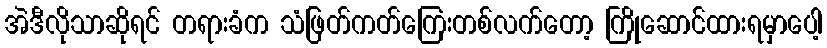
အဲဒီလိုသာဆိုရင် တရားခံက သံဖြတ်ကတ်ကြေးတစ်လက်တော့ ကြိုဆောင်ထားရမှာပေါ့